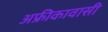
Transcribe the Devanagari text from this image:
अफ्रीकावासी